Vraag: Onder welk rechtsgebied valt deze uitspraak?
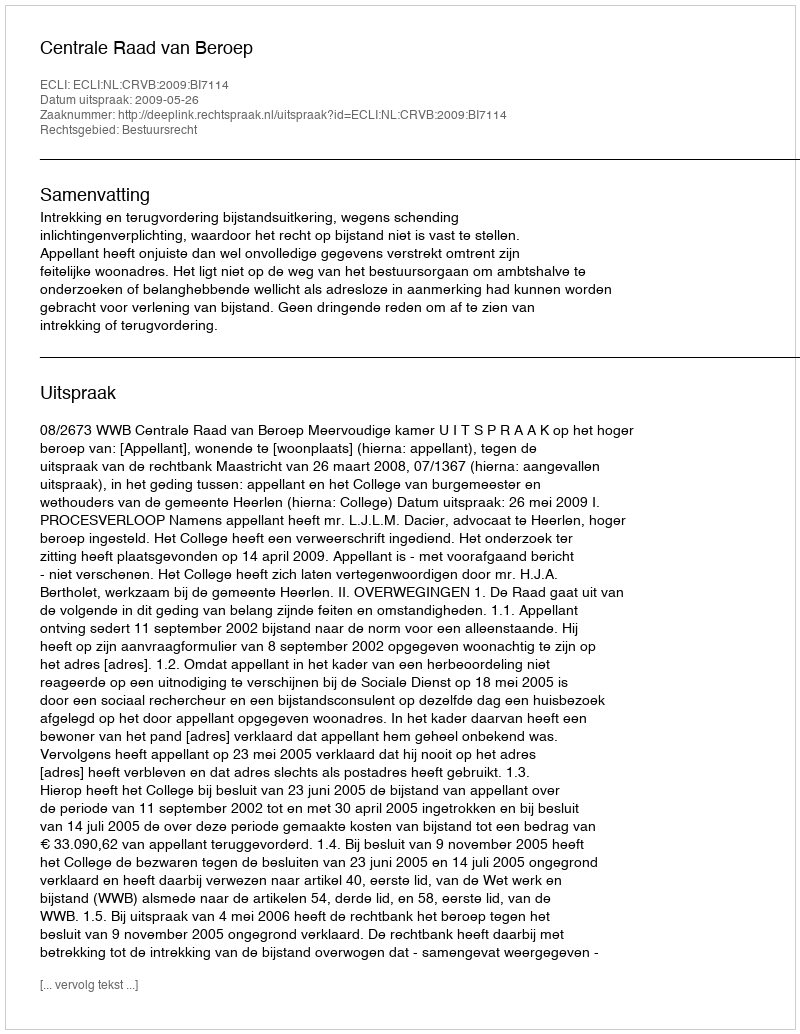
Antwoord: Bestuursrecht